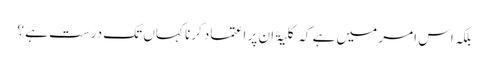
بلکہ اس امر میں ہے کہ کلیۃً ان پر اعتماد کرنا کہاں تک درست ہے ؟